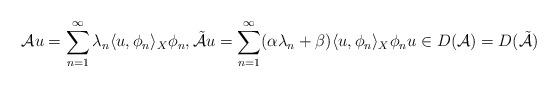
LaTeX: \begin{align*} \mathcal{A}u = \sum_{n = 1}^{\infty} \lambda_{n} \langle u, \phi_{n}\rangle_{X} \phi_{n}, \tilde{\mathcal{A}} u = \sum_{n = 1}^{\infty} (\alpha \lambda_{n} + \beta) \langle u, \phi_{n}\rangle_{X} \phi_{n} u \in D(\mathcal{A}) = D(\tilde{\mathcal{A}}) \end{align*}